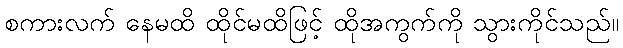
စကားလက် နေမထိ ထိုင်မထိဖြင့် ထိုအကွက်ကို သွားကိုင်သည်။